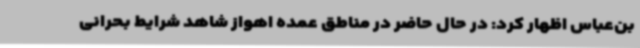
بن‌عباس اظهار کرد: در حال حاضر در مناطق عمده اهواز شاهد شرایط بحرانی